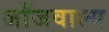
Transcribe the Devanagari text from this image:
जाँजवाल्य